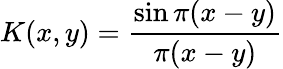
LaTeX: K(x,y)={\frac{\sin\pi(x-y)}{\pi(x-y)}}